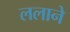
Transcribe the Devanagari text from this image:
ललाने